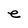
Character: e